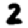
Digit: 2